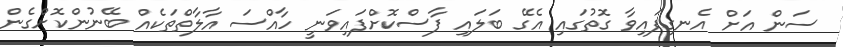
ސަން އަށް އެނގިފައިވާ ގޮތުގައި އެގޭ ބަލައި ފާސްކޮށްފައިވަނީ ހާއްސަ އާލާތްތަކެއް ބޭނުންކޮށްގެން